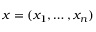
x = ( x _ { 1 } , \ldots , x _ { n } )